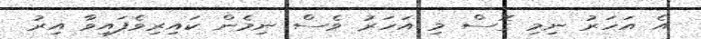
އެ އަހަރު ނިމި ގޮސް މި އަހަރު ވެސް ނިމެން ކައިރިވެފައިވާ އިރު